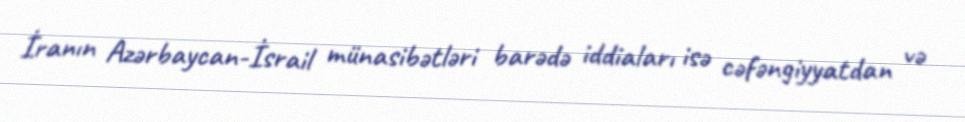
İranın Azərbaycan-İsrail münasibətləri barədə iddiaları isə cəfəngiyyatdan və